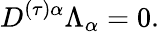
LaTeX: D^{(\tau)\alpha}\Lambda_{\alpha}=0.